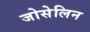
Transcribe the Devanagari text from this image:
जोसेलिन